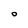
Character: O